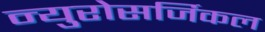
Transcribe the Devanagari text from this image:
न्युरोसर्जिकल